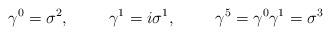
LaTeX: \begin{align*}\gamma^0=\sigma^2, \hspace{1cm} \gamma^1=i \sigma^1, \hspace{1cm}\gamma^5=\gamma^0 \gamma^1=\sigma^3\end{align*}